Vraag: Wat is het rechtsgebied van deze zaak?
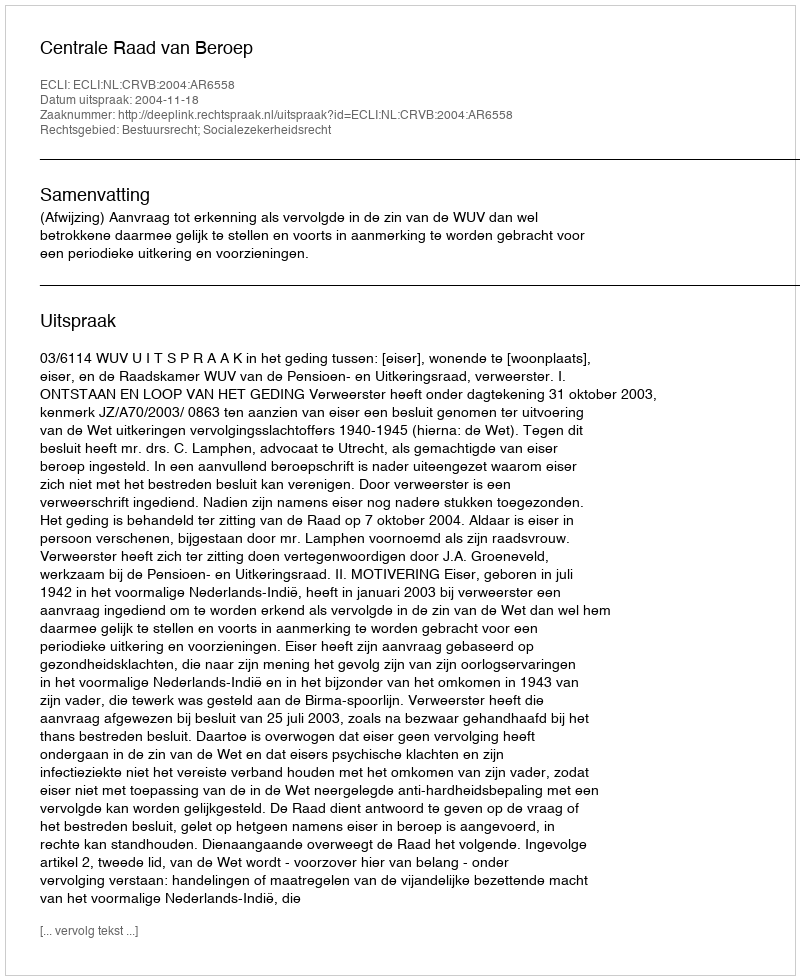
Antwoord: Bestuursrecht; Socialezekerheidsrecht